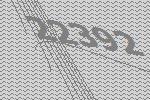
22392